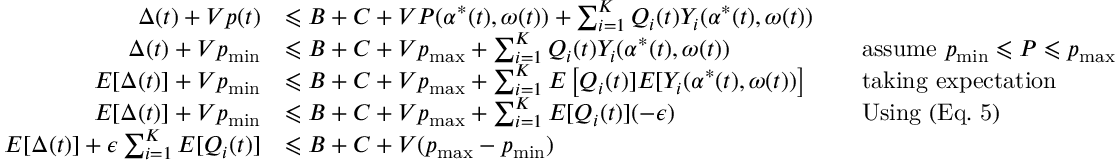
{ \begin{array} { r l r l } { \Delta ( t ) + V p ( t ) } & { \leqslant B + C + V P ( \alpha ^ { * } ( t ) , \omega ( t ) ) + \sum _ { i = 1 } ^ { K } Q _ { i } ( t ) Y _ { i } ( \alpha ^ { * } ( t ) , \omega ( t ) ) } \\ { \Delta ( t ) + V p _ { \operatorname* { m i n } } } & { \leqslant B + C + V p _ { \operatorname* { m a x } } + \sum _ { i = 1 } ^ { K } Q _ { i } ( t ) Y _ { i } ( \alpha ^ { * } ( t ) , \omega ( t ) ) } & & { { \mathrm { a s s u m e ~ } } p _ { \operatorname* { m i n } } \leqslant P \leqslant p _ { \operatorname* { m a x } } } \\ { E [ \Delta ( t ) ] + V p _ { \operatorname* { m i n } } } & { \leqslant B + C + V p _ { \operatorname* { m a x } } + \sum _ { i = 1 } ^ { K } E \left[ Q _ { i } ( t ) ] E [ Y _ { i } ( \alpha ^ { * } ( t ) , \omega ( t ) ) \right] } & & { { \mathrm { t a k i n g ~ e x p e c t a t i o n } } } \\ { E [ \Delta ( t ) ] + V p _ { \operatorname* { m i n } } } & { \leqslant B + C + V p _ { \operatorname* { m a x } } + \sum _ { i = 1 } ^ { K } E [ Q _ { i } ( t ) ] ( - \epsilon ) } & & { { \mathrm { U s i n g ~ ( E q . ~ 5 ) } } } \\ { E [ \Delta ( t ) ] + \epsilon \sum _ { i = 1 } ^ { K } E [ Q _ { i } ( t ) ] } & { \leqslant B + C + V ( p _ { \operatorname* { m a x } } - p _ { \operatorname* { m i n } } ) } \end{array} }